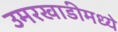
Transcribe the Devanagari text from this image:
उमरखाडीमध्ये